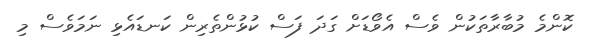
ކޮންމެ މުބާރާތަކުން ވެސް އެވޯޑަށް ގަދަ ފަސް ކުޅުންތެރިން ކަނޑައެޅި ނަމަވެސް މި